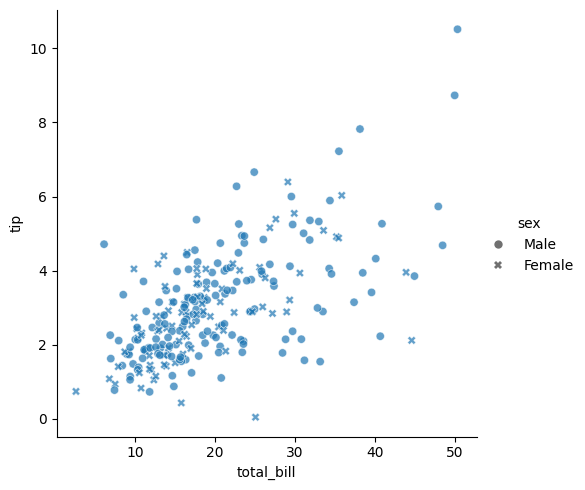
python, seaborn, relplot, alpha=0.7